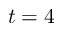
t = 4